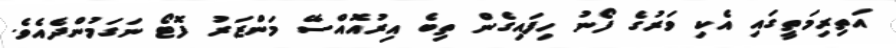
އަތިރިމަތީގައި އެކި ވަރުގެ ފޯނު ހިފައިގެން ތިބެ އިރުއޮއްސޭ މަންޒަރު ފޮޓޯ ނަގަމުންދެއެވެ.